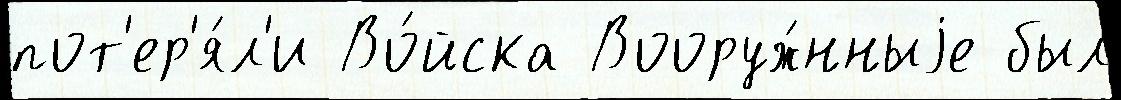
пот'ер'я́л'и Во́йска Вооруж́нныjе был